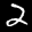
Label: 2